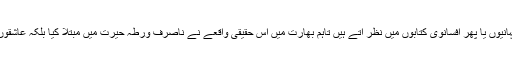
خیال رہے کہ عموماً ایسے واقعات کہانیوں یا پھر افسانوی کتابوں میں نظر آتے ہیں تاہم بھارت میں اس حقیقی واقعے نے ناصرف ورطہ حیرت میں مبتلا کیا بلکہ عاشقوں کے لیے عظیم مثال بھی قائم کردی۔